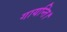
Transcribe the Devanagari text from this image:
गायन्ति।